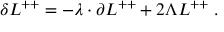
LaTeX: \delta L ^ { + + } = - \lambda \cdot \partial L ^ { + + } + 2 \Lambda L ^ { + + } \; .